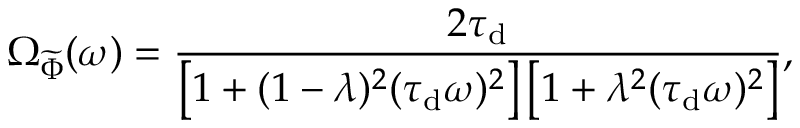
\Omega _ { \ensuremath { \widetilde { \Phi } } } ( \omega ) = \frac { 2 \ensuremath { \tau _ { \mathrm { d } } } } { \left[ 1 + ( 1 - \lambda ) ^ { 2 } ( \ensuremath { \tau _ { \mathrm { d } } } \omega ) ^ { 2 } \right] \left[ 1 + \lambda ^ { 2 } ( \ensuremath { \tau _ { \mathrm { d } } } \omega ) ^ { 2 } \right] } ,